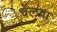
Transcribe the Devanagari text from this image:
चेलवा